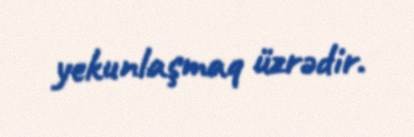
yekunlaşmaq üzrədir.